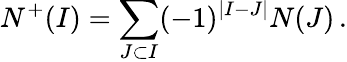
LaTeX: N^{+}(I)=\sum_{J\subset I}(-1)^{|I-J|}N(J)\, .